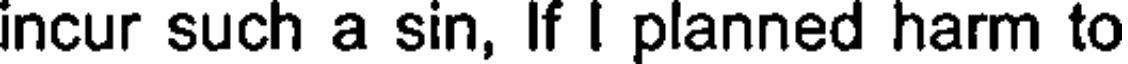
incur such a sin, If I planned harm to